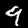
Label: 9